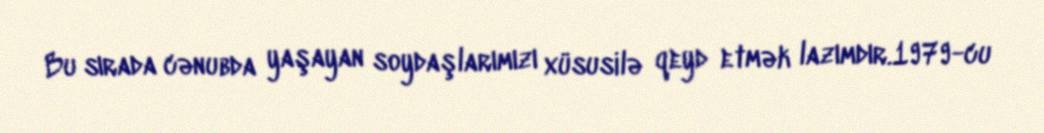
Bu sırada cənubda yaşayan soydaşlarımızı xüsusilə qeyd etmək lazımdır.1979-cu